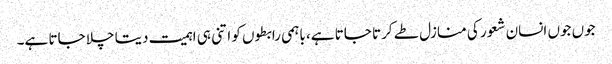
جوں جوں انسان شعور کی منازل طے کرتا جاتا ہے، باہمی رابطوں کو اتنی ہی اہمیت دیتا چلا جاتا ہے۔